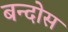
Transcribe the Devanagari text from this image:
बन्दोस